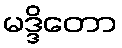
မဒ္ဒိတော